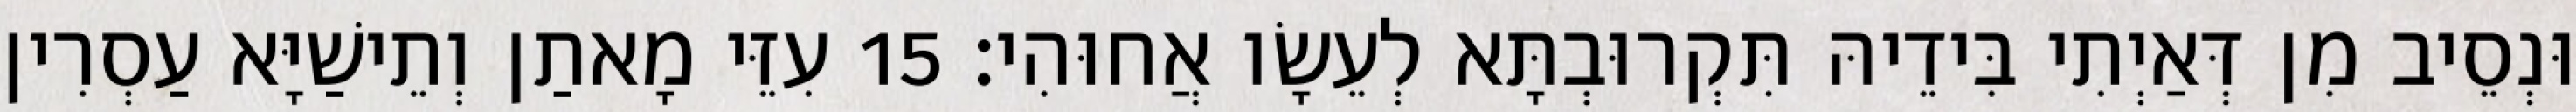
וּנְסֵיב מִן דְּאַיְתִי בִּידֵיהּ תִּקְרוּבְתָּא לְעֵשָׂו אֲחוּהִי׃ 15 עִזֵּי מָאתַן וְתֵישַׁיָּא עַסְרִין